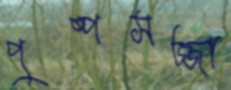
পুষ্পসজ্জা